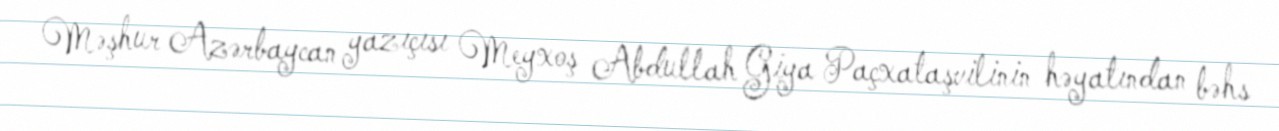
Məşhur Azərbaycan yazıçısı Meyxoş Abdullah Giya Paçxataşvilinin həyatından bəhs